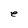
Character: e